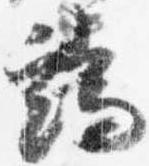
端